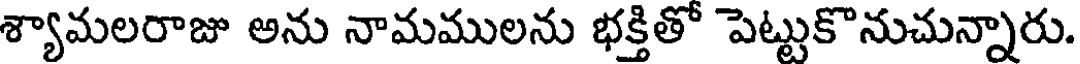
శ్యామలరాజు అను నామములను భక్తితో పెట్టుకొనుచున్నారు.